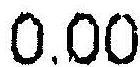
0.00